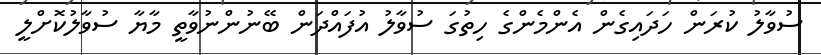
ސުވާލު ކުރަން ހަދައިގެން އެންމެންގެ ހިތުގަ ސުވާލު އުފައްދަން ބޭނުންނުވާތީ މާޔާ ސުވާލުކޮށްލީ